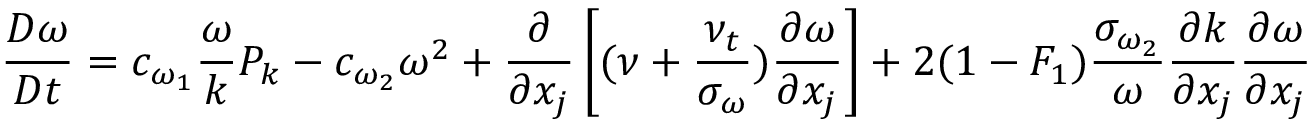
{ \frac { D \omega } { D t } } = c _ { \omega _ { 1 } } { \frac { \omega } { k } } P _ { k } - c _ { \omega _ { 2 } } \omega ^ { 2 } + { \frac { \partial } { \partial x _ { j } } } \left[ ( \nu + { \frac { \nu _ { t } } { \sigma _ { \omega } } } ) { \frac { \partial \omega } { \partial x _ { j } } } \right] + 2 ( 1 - F _ { 1 } ) { \frac { \sigma _ { \omega _ { 2 } } } { \omega } } { \frac { \partial k } { \partial x _ { j } } } { \frac { \partial \omega } { \partial x _ { j } } }